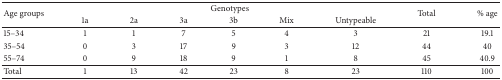
| <ROWSPAN=2> Age groups | <COLSPAN=6> Genotypes | <ROWSPAN=2> Total | <ROWSPAN=2> % age |
 | 1a | 2a | 3a | 3b | Mix | Untypeable |
 | --- | --- | --- | --- | --- | --- | --- | --- | --- |
 | 15–34 | 1 | 1 | 7 | 5 | 4 | 3 | 21 | 19.1 |
 | 35–54 | 0 | 3 | 17 | 9 | 3 | 12 | 44 | 40 |
 | 55–74 | 0 | 9 | 18 | 9 | 1 | 8 | 45 | 40.9 |
 | Total | 1 | 13 | 42 | 23 | 8 | 23 | 110 | 100 |